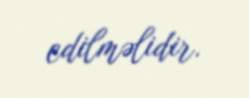
edilməlidir.